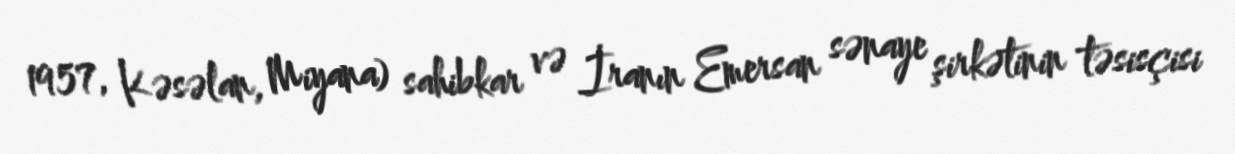
1957, Kəsəlan, Miyana) sahibkar və İranın Emersan sənaye şirkətinin təsisçisi